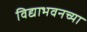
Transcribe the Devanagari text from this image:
विद्याभवनच्या